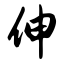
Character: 伸